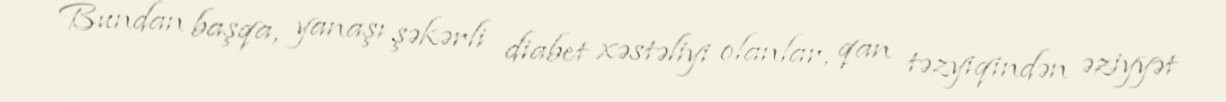
Bundan başqa, yanaşı şəkərli diabet xəstəliyi olanlar, qan təzyiqindən əziyyət